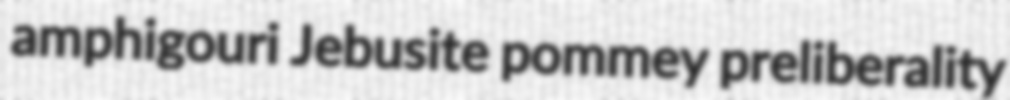
amphigouri Jebusite pommey preliberality